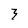
Character: 3